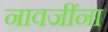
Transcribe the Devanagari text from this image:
नावजींना